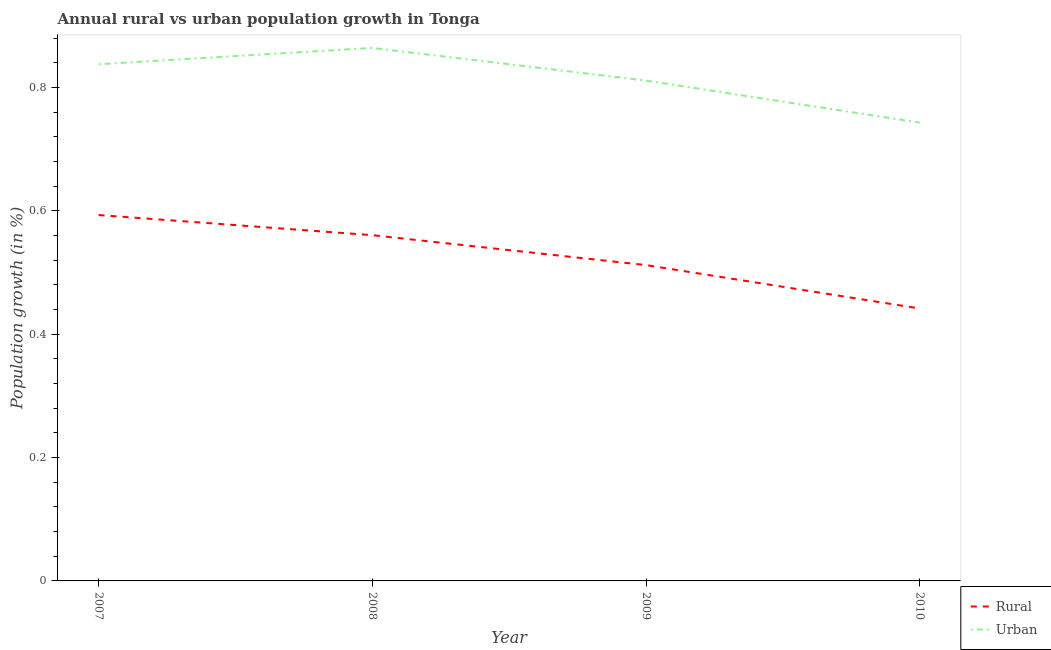
| Year | Rural | Urban  |
 | --- | --- | --- |
 | 2007 | 0.593 | 0.838 |
 | 2008 | 0.561 | 0.864 |
 | 2009 | 0.512 | 0.811 |
 | 2010 | 0.442 | 0.743 |